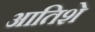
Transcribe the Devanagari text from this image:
आतिशे